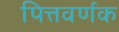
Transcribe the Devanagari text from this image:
पित्तवर्णक